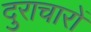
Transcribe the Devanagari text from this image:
दुराचारों